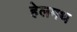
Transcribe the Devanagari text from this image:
हेलमथ